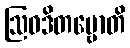
ဩဝဒိတဗ္ဗောတိ